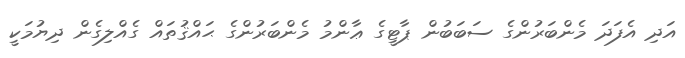
އަދި އެފަދަ މެންބަރުންގެ ސަބަބުން ޕާޓީގެ ޢާންމު މެންބަރުންގެ ޙައްޤުތައް ގެއްލިގެން ދިޔުމަކީ